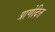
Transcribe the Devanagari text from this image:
प्राणेदित